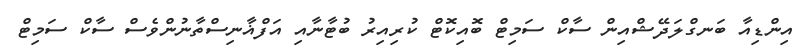
އިންޑިއާ ބަނގްލަދޭޝްއިން ސާކް ސަމިޓް ބޮއިކޮޓް ކުރިއިރު ބުޓާނާއި އަފްޣާނިސްތާނުންވެސް ސާކް ސަމިޓް